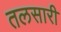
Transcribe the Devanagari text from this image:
तलसारी